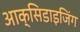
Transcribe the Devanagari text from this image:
आक्सिडाइजिंग